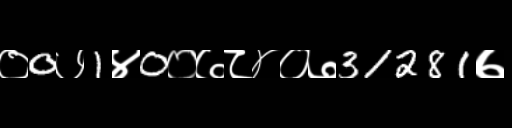
Text: ०0७1४0०७८४०७31281७